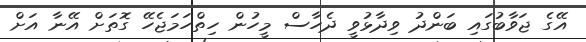
އޭގެ ޖަވާބުގައި ބަންދު ވިދާޅުވީ ދެހާސް މީހުން ހިތްހަމަޖެހޭ ގޮތަށް އޭނާ އަށް